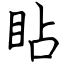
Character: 䀡